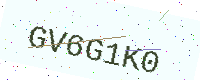
Text: GV6G1K0